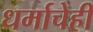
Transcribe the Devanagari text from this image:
धर्माचेही